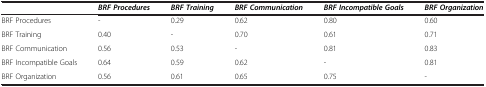
<table><thead><tr><td><b> </b></td><td><b><i>BRF Procedures</i></b></td><td><b><i>BRF Training</i></b></td><td><b><i>BRF Communication</i></b></td><td><b><i>BRF Incompatible Goals</i></b></td><td><b><i>BRF Organization</i></b></td></tr></thead><tbody><tr><td>BRF Procedures</td><td>-</td><td>0.29</td><td>0.62</td><td>0.80</td><td>0.60</td></tr><tr><td>BRF Training</td><td>0.40</td><td>-</td><td>0.70</td><td>0.61</td><td>0.71</td></tr><tr><td>BRF Communication</td><td>0.56</td><td>0.53</td><td>-</td><td>0.81</td><td>0.83</td></tr><tr><td>BRF Incompatible Goals</td><td>0.64</td><td>0.59</td><td>0.62</td><td>-</td><td>0.81</td></tr><tr><td>BRF Organization</td><td>0.56</td><td>0.61</td><td>0.65</td><td>0.75</td><td>-</td></tr></tbody></table>